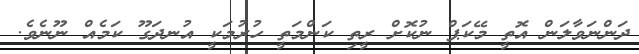
ދަންނަވާލަން އޮތީ މޭކަޕް ނުކޮށް ރީތި ކަންމަތީ ހުރުމަކީ އުނދަގޫ ކަމެއް ނޫނެވެ.